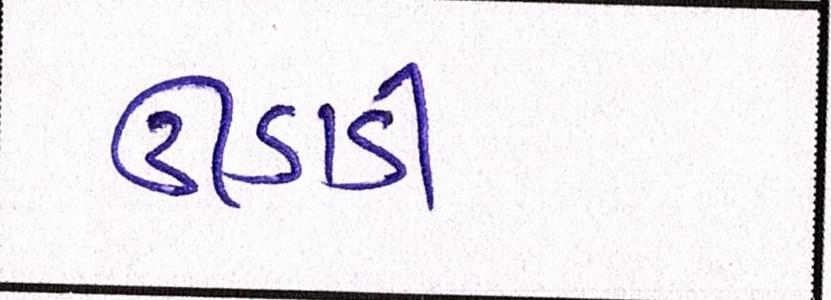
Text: ઊડાડી